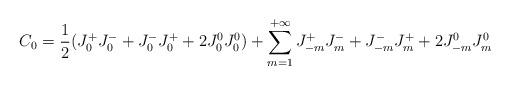
LaTeX: \begin{align*}C_0 = \frac{1}{2} (J^+_0J^-_0 + J^-_0J^+_0 + 2 J^0_0 J^0_0) +\sum_{m=1}^{+\infty} J^+_{-m}J^-_m + J^-_{-m}J^+_m +2 J^0_{-m} J^0_m\end{align*}